Tartu_linnavalitsus, lk 95
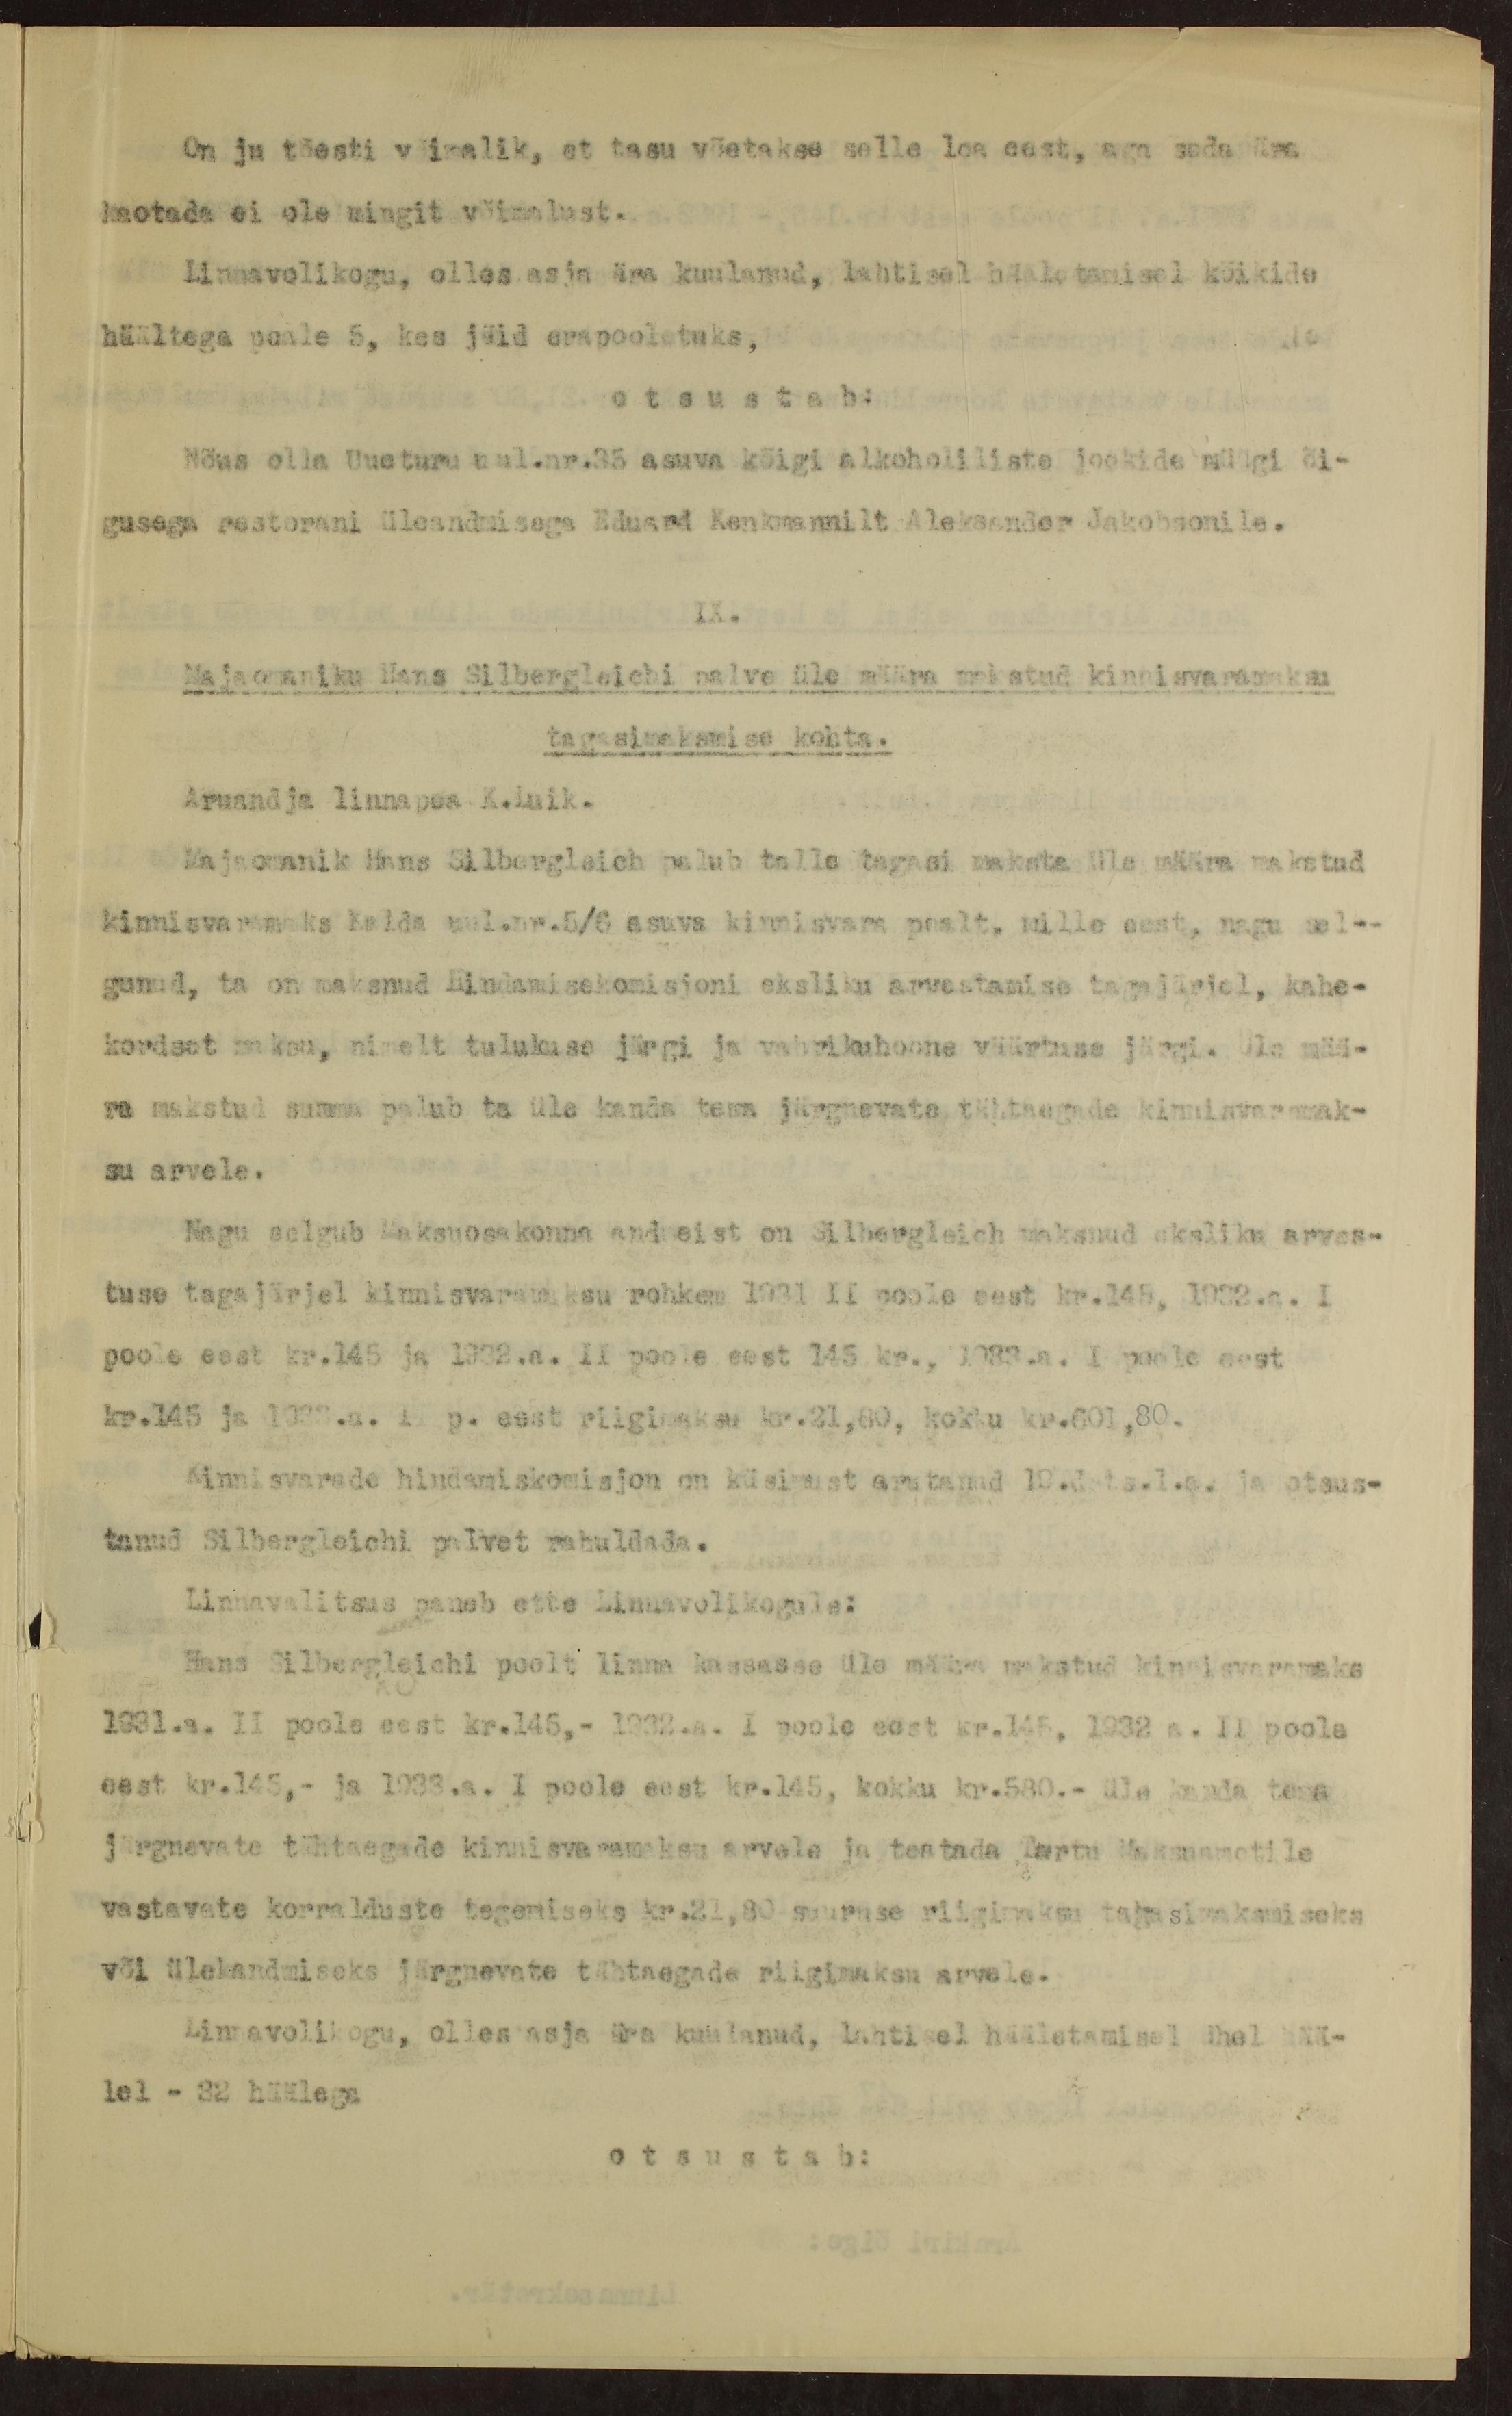
On ju tõesti võimalik, et tasu võetakse selle loa eest, aga seda ära
kaotada ei ole mingit võimalust.
Linnavolikogu, olles asja ära kuulanud, lahtisel hääletamisel kõikide
häältega peale 5, kes jäid erapooletuks,
otsustab:
Nõus olla Uueturu uul.nr.35 asuva kõigi alkoholiliste jookide müügi õi-
gusega restorani üleandmisega Eduand Kenkmannilt Aleksander Jakobsonile.
IX.
Majaomaniku Hans Silbergleichi palve üle määra makstud kinnisvaramaksu
tagasimaksmise kohta.
Aruandja linnapea K.Luik.
Majaomanik Hans Silbergleich palub talle tagasi maksta üle määra makstud
kinnisvaramaks Kalda uul.nr.5/6 asuva kinnisvara pealt, mille eest, nagu sel-
gunud, ta on maksnud Hindamisekomisjoni eksliku arvestamise tagajärjel, kahe-
kordset maksu, nimelt tulukuse järgi ja vabrikuhoone väärtuse järgi. Üle mää-
ra makstud summa palub ta üle kanda tema järgnevate tähtaegade kinnisvaramak-
su arvele.
Nagu selgub Maksuosakonna andmeist on Silbergleich maksnud eksliku arves-
tuse tagajärjel kinnisvaramaksu rohkem 1931 II poole eest kr.145, 1932.a. I
poole eest kr.145 ja 1932.a. II poole eest 145 kr., 1933.a. I poole eest
kr.145 ja 1933.a. I p. eest riigimaksu kr.21,80, kokku kr.601,80.
Kinnisvarade hindamiskomisjon on küsimust arutanud 19.dets.l.a. ja otsus-
tanud Silbergleichi palvet rahuldada.
Linnavalitsus paneb ette Linnavolikogule:
Hans Silbergleichi poolt linna kassasse üle määra makstud kinnisvaramaks
1931.a. II poole eest kr.145,- 1932.a. I poole eest kr.145, 1932 a. II poole
eest kr.145,- ja 1933.a. I poole eest kr.145, kokku kr.580.- üle kanda tema.
järgnevate tähtaegade kinnisvaramaksu arvele ja teatada Tartu Maksuametile
vastavate korralduste tegemiseks kr.21,80 suuruse riigimaksu tagasimaksmiseks
või ülekandmiseks järgnevate tähtaegade riigimaksu arvele.
Linnavolikogu, olles asja ära kuulanud, lahtisel hääletamisel ühel hää-
lel - 32 häälega
otsustab: